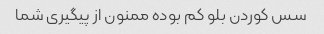
سس کوردن بلو کم بوده ممنون از پیگیری شما